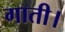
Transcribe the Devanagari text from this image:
गाती।